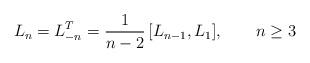
LaTeX: \begin{align*}L_n=L_{-n}^T={1\over n-2}\,[L_{n-1},L_1],\qquad n\ge 3\end{align*}